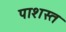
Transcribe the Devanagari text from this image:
पाशस्त